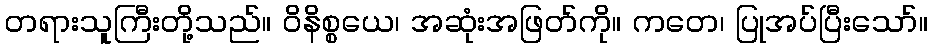
တရားသူကြီးတို့သည်။ ဝိနိစ္စယေ၊ အဆုံးအဖြတ်ကို။ ကတေ၊ ပြုအပ်ပြီးသော်။